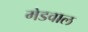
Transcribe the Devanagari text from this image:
मेडवाल